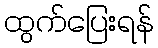
ထွက်ပြေးရန်